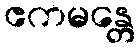
ဧကမန္တေ